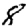
Digit: 8